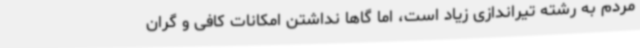
مردم به رشته تیراندازی زیاد است، اما گاها نداشتن امکانات کافی و گران